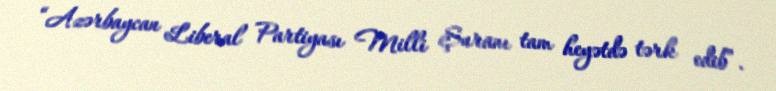
“Azərbaycan Liberal Partiyası Milli Şuranı tam heyətdə tərk edib”.